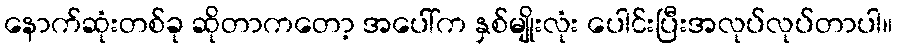
နောက်ဆုံးတစ်ခု ဆိုတာကတော့ အပေါ်က နှစ်မျိုးလုံး ပေါင်းပြီးအလုပ်လုပ်တာပါ။